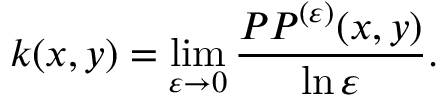
k ( x , y ) = \operatorname* { l i m } _ { \varepsilon \to 0 } \frac { P P ^ { ( \varepsilon ) } ( x , y ) } { \ln \varepsilon } .